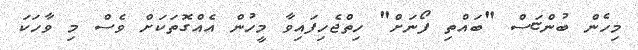
މިހެން ބުންޏަސް "ބައްތި ފޯނަށް" ހިތްޖެހިފައިވާ މީހުން އެއްގޮތަކަށް ވެސް މި ވާހަކަ